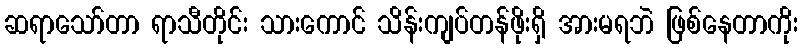
ဆရာသော်တာ ရာသီတိုင်း သားကောင် သိန်းကျပ်တန်ဖိုးရှိ အားမရဘဲ ဖြစ်နေတာကိုး